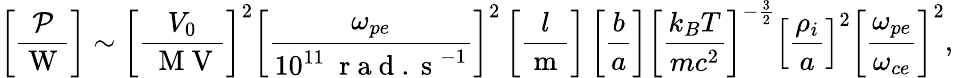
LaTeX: \left[\frac{\mathcal{P}}{\mathrm{~W~}}\right]\sim\left[\frac{V_{0}}{~\mathrm{~M~V~}}\right]^{2}\left[\frac{\omega_{{pe}}}{10^{11}~\mathrm{~r~a~d~.~s~}^{-1}}\right]^{2}\left[\frac{l}{\mathrm{~m~}}\right]\left[\frac{b}{a}\right]\left[\frac{k_{B}T}{mc^{2}}\right]^{-\frac{3}{2}}\left[\frac{\rho_{i}}{a}\right]^{2}\left[\frac{\omega_{pe}}{\omega_{ce}}\right]^{2},